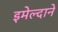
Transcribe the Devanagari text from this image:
इमेल्दाने